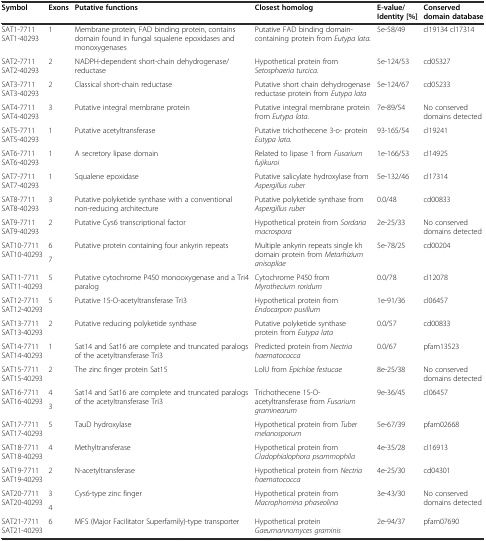
<table><thead><tr><td><b>Symbol</b></td><td><b>Exons</b></td><td><b>Putative functions</b></td><td><b>Closest homolog</b></td><td><b>E-value/Identity [%]</b></td><td><b>Conserved domain database</b></td></tr></thead><tbody><tr><td>SAT1-7711 SAT1-40293</td><td>1</td><td>Membrane protein, FAD binding protein, contains domain found in fungal squalene epoxidases and monoxygenases</td><td>Putative FAD binding domain-containing protein from <i>Eutypa lata.</i></td><td>5e-58/49</td><td>cl19134 cl17314</td></tr><tr><td>SAT2-7711 SAT2-40293</td><td>2</td><td>NADPH-dependent short-chain dehydrogenase/reductase</td><td>Hypothetical protein from <i>Setosphaeria turcica</i>.</td><td>5e-124/53</td><td>cd05327</td></tr><tr><td>SAT3-7711 SAT3-40293</td><td>2</td><td>Classical short-chain reductase</td><td>Putative short chain dehydrogenase reductase protein from <i>Eutypa lata</i></td><td>5e-124/67</td><td>cd05233</td></tr><tr><td>SAT4-7711 SAT4-40293</td><td>3</td><td>Putative integral membrane protein</td><td>Putative integral membrane protein from <i>Eutypa lata</i>.</td><td>7e-89/54</td><td>No conserved domains detected</td></tr><tr><td>SAT5-7711 SAT5-40293</td><td>1</td><td>Putative acetyltransferase</td><td>Putative trichothecene 3-o- protein <i>Eutypa lata.</i></td><td>93-165/54</td><td>cl19241</td></tr><tr><td>SAT6-7711 SAT6-40293</td><td>1</td><td>A secretory lipase domain</td><td>Related to lipase 1 from <i>Fusarium fujikuroi</i></td><td>1e-166/53</td><td>cl14925</td></tr><tr><td>SAT7-7711 SAT7-40293</td><td>1</td><td>Squalene epoxidase</td><td>Putative salicylate hydroxylase from <i>Aspergillus ruber</i></td><td>5e-132/46</td><td>cl17314</td></tr><tr><td>SAT8-7711 SAT8-40293</td><td>3</td><td>Putative polyketide synthase with a conventional non-reducing architecture</td><td>Putative polyketide synthase from <i>Aspergillus ruber</i></td><td>0.0/48</td><td>cd00833</td></tr><tr><td>SAT9-7711 SAT9-40293</td><td>2</td><td>Putative Cys6 transcriptional factor</td><td>Hypothetical protein from <i>Sordaria macrospora</i></td><td>2e-25/33</td><td>No conserved domains detected</td></tr><tr><td rowspan="2">SAT10-7711 SAT10-40293</td><td>6</td><td rowspan="2">Putative protein containing four ankyrin repeats</td><td rowspan="2">Multiple ankyrin repeats single kh domain protein from <i>Metarhizium anisopliae</i></td><td rowspan="2">5e-78/25</td><td rowspan="2">cd00204</td></tr><tr><td>7</td></tr><tr><td>SAT11-7711 SAT11-40293</td><td>5</td><td>Putative cytochrome P450 monooxygenase and a Tri4 paralog</td><td>Cytochrome P450 from <i>Myrothecium roridum</i></td><td>0.0/78</td><td>cl12078</td></tr><tr><td>SAT12-7711 SAT12-40293</td><td>5</td><td>Putative 15-O-acetyltransferase Tri3</td><td>Hypothetical protein from <i>Endocarpon pusillum</i></td><td>1e-91/36</td><td>cl06457</td></tr><tr><td>SAT13-7711 SAT13-40293</td><td>2</td><td>Putative reducing polyketide synthase</td><td>Putative polyketide synthase protein from <i>Eutypa lata</i></td><td>0.0/57</td><td>cd00833</td></tr><tr><td>SAT14-7711 SAT14-40293</td><td>1</td><td>Sat14 and Sat16 are complete and truncated paralogs of the acetyltransferase Tri3</td><td>Predicted protein from <i>Nectria haematococca</i></td><td>0.0/67</td><td>pfam13523</td></tr><tr><td>SAT15-7711 SAT15-40293</td><td>2</td><td>The zinc finger protein Sat15</td><td>LolU from <i>Epichloe festucae</i></td><td>8e-25/38</td><td>No conserved domains detected</td></tr><tr><td rowspan="2">SAT16-7711 SAT16-40293</td><td>4</td><td rowspan="2">Sat14 and Sat16 are complete and truncated paralogs of the acetyltransferase Tri3</td><td rowspan="2">Trichothecene 15-O-acetyltransferase from <i>Fusarium graminearum</i></td><td rowspan="2">9e-36/45</td><td rowspan="2">cl06457</td></tr><tr><td>3</td></tr><tr><td>SAT17-7711 SAT17-40293</td><td>5</td><td>TauD hydroxylase</td><td>Hypothetical protein from <i>Tuber melanosporum</i></td><td>5e-67/39</td><td>pfam02668</td></tr><tr><td>SAT18-7711 SAT18-40293</td><td>4</td><td>Methyltransferase</td><td>Hypothetical protein from <i>Cladophialophora psammophila</i></td><td>4e-35/28</td><td>cl16913</td></tr><tr><td>SAT19-7711 SAT19-40293</td><td>2</td><td>N-acetyltransferase</td><td>Hypothetical protein from <i>Nectria haematococca</i></td><td>4e-25/30</td><td>cd04301</td></tr><tr><td rowspan="2">SAT20-7711 SAT20-40293</td><td>3</td><td rowspan="2">Cys6-type zinc finger</td><td rowspan="2">Hypothetical protein from <i>Macrophomina phaseolina</i></td><td rowspan="2">3e-43/30</td><td rowspan="2">No conserved domains detected</td></tr><tr><td>4</td></tr><tr><td>SAT21-7711 SAT21-40293</td><td>6</td><td>MFS (Major Facilitator Superfamily)-type transporter</td><td>Hypothetical protein <i>Gaeumannomyces graminis</i></td><td>2e-94/37</td><td>pfam07690</td></tr></tbody></table>